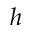
h